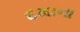
દશાના